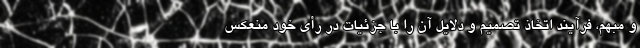
و مبهم، فرآیند اتخاذ تصمیم و دلایل آن را با جزئیات در رأی خود منعکس